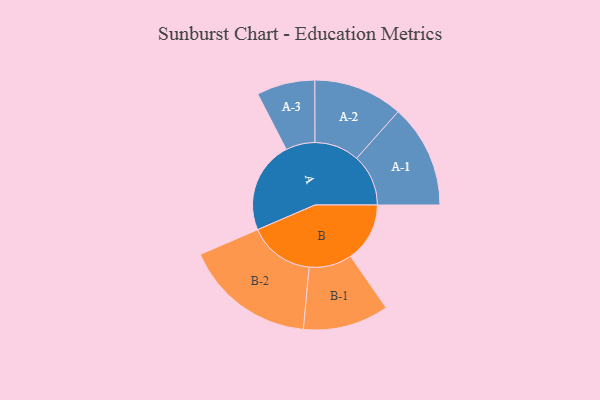
{"axis": {"x": "Segment", "y": "Value"}, "legend": ["", "A", "B"], "data": [{"x": "A", "y": 395, "type": ""}, {"x": "B", "y": 254, "type": ""}, {"x": "A-1", "y": 222, "type": "A"}, {"x": "A-2", "y": 192, "type": "A"}, {"x": "A-3", "y": 125, "type": "A"}, {"x": "B-1", "y": 184, "type": "B"}, {"x": "B-2", "y": 282, "type": "B"}]}